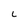
Character: L